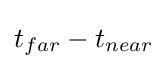
{t_{far}}-{t_{near}}